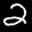
Label: 2